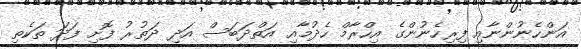
އަންހެނުންނާއި ފިރިހެނުންގެ އިހްރާމް ހެދުމާއި އަތްދަބަސް އަދި ދަތުރު ފޮށި ފަދަ ތަކެތި